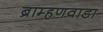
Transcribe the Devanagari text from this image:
ब्राम्हणवाडा